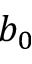
b _ { 0 }